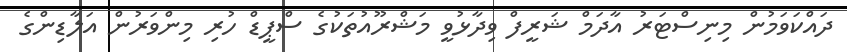
ދައްކަވަމުން މިނިސްޓަރު އާދަމް ޝަރީފް ވިދާޅުވީ މަޝްރޫއުތަކުގެ ސްޕީޑް ހުރި މިންވަރުން އަލާޑިންގެ